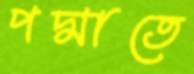
পদ্মাতে